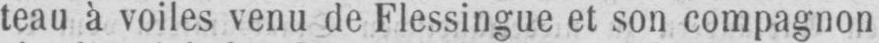
teau à voiles venu de Flessingue et son compagnon